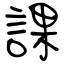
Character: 課